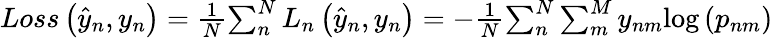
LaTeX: \begin{array}{r}{Loss\left({{\hat{y}}_{n},y_{n}}\right)=\frac{1}{N}{\sum_{n}^{N}{L_{n}\left({\hat{y}}_{n},y_{n}\right)}}=-\frac{1}{N}{\sum_{n}^{N}{\sum_{m}^{M}{y_{nm}{\log\left(p_{nm}\right)}}}}}\end{array}